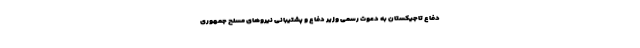
دفاع تاجیکستان به دعوت رسمی وزیر دفاع و پشتیبانی نیروهای مسلح جمهوری